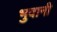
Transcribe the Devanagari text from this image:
भुवानी